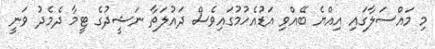
މި މައްސަލާގައި އިއްޔެ ބޭއްވި އަޑުއެހުމުގައިވެސް ދައުލަތާ ނަޝީދުގެ ޓީމާ ދެމެދު ވަނީ